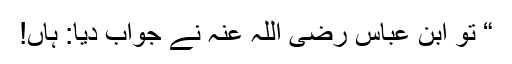
“ تو ابن عباس رضی اللہ عنہ نے جواب دیا: ہاں!